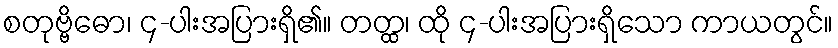
စတုဗ္ဗိဓော၊ ၄-ပါးအပြားရှိ၏။ တတ္ထ၊ ထို ၄-ပါးအပြားရှိသော ကာယတွင်။